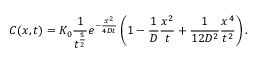
C ( x , t ) = K _ { 0 } \frac { 1 } { t ^ { \frac { 5 } { 2 } } } e ^ { - \frac { x ^ { 2 } } { 4 D t } } \left( 1 - \frac { 1 } { D } \frac { x ^ { 2 } } { t } + \frac { 1 } { 1 2 D ^ { 2 } } \frac { x ^ { 4 } } { t ^ { 2 } } \right) .